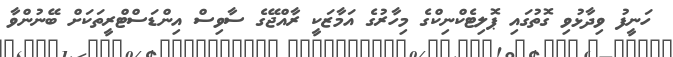
ހަނީފު ވިދާޅުވި ގޮތުގައި ޕޮލިޓެކްނިކްގެ މިހާރުގެ އަމާޒަކީ ރާއްޖޭގެ ސާވިސް އިންޑަސްޓްރީތަކަށް ބޭނުންވާ